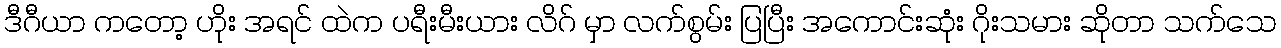
ဒီဂီယာ ကတော့ ဟိုး အရင် ထဲက ပရီးမီးယား လိဂ် မှာ လက်စွမ်း ပြပြီး အကောင်းဆုံး ဂိုးသမား ဆိုတာ သက်သေ